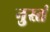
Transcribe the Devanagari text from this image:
नुस्तं